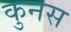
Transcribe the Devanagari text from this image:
कुनस